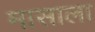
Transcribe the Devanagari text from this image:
मासाला